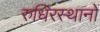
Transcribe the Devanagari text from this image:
रुधिरस्थानों